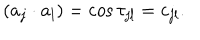
LaTeX: ( a _ { j } \cdot a _ { l } ) = \cos \tau _ { j l } = c _ { j l } .